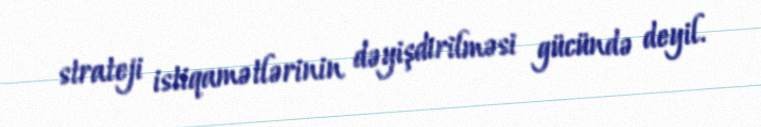
strateji istiqamətlərinin dəyişdirilməsi gücündə deyil.